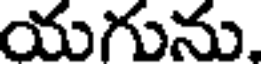
యగును.